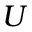
U